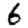
Digit: 6